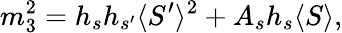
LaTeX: m_{3}^{2}=h_{s}h_{s^{\prime}}\langle S^{\prime}\rangle^{2}+A_{s}h_{s}\langle S\rangle,